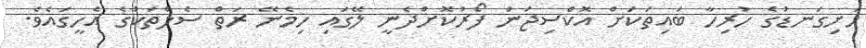
ހަށިގަނޑުގެ ހުރިހާ ބައިތަކަށް އޮކްސިޖަން ފޯރުކޮށްދެނީ ލޭގައި ހިމެނޭ ރަތް ސެލްތަކުގެ އެހީގައެވެ.